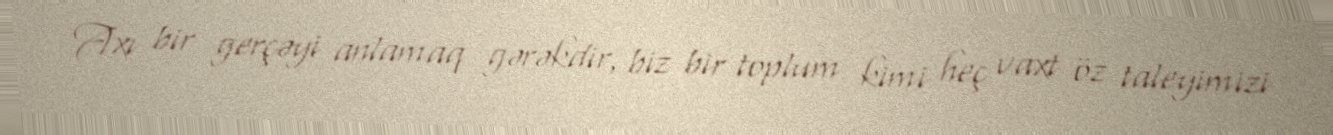
Axı bir gerçəyi anlamaq gərəkdir, biz bir toplum kimi heç vaxt öz taleyimizi